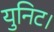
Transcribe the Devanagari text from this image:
युनिट।